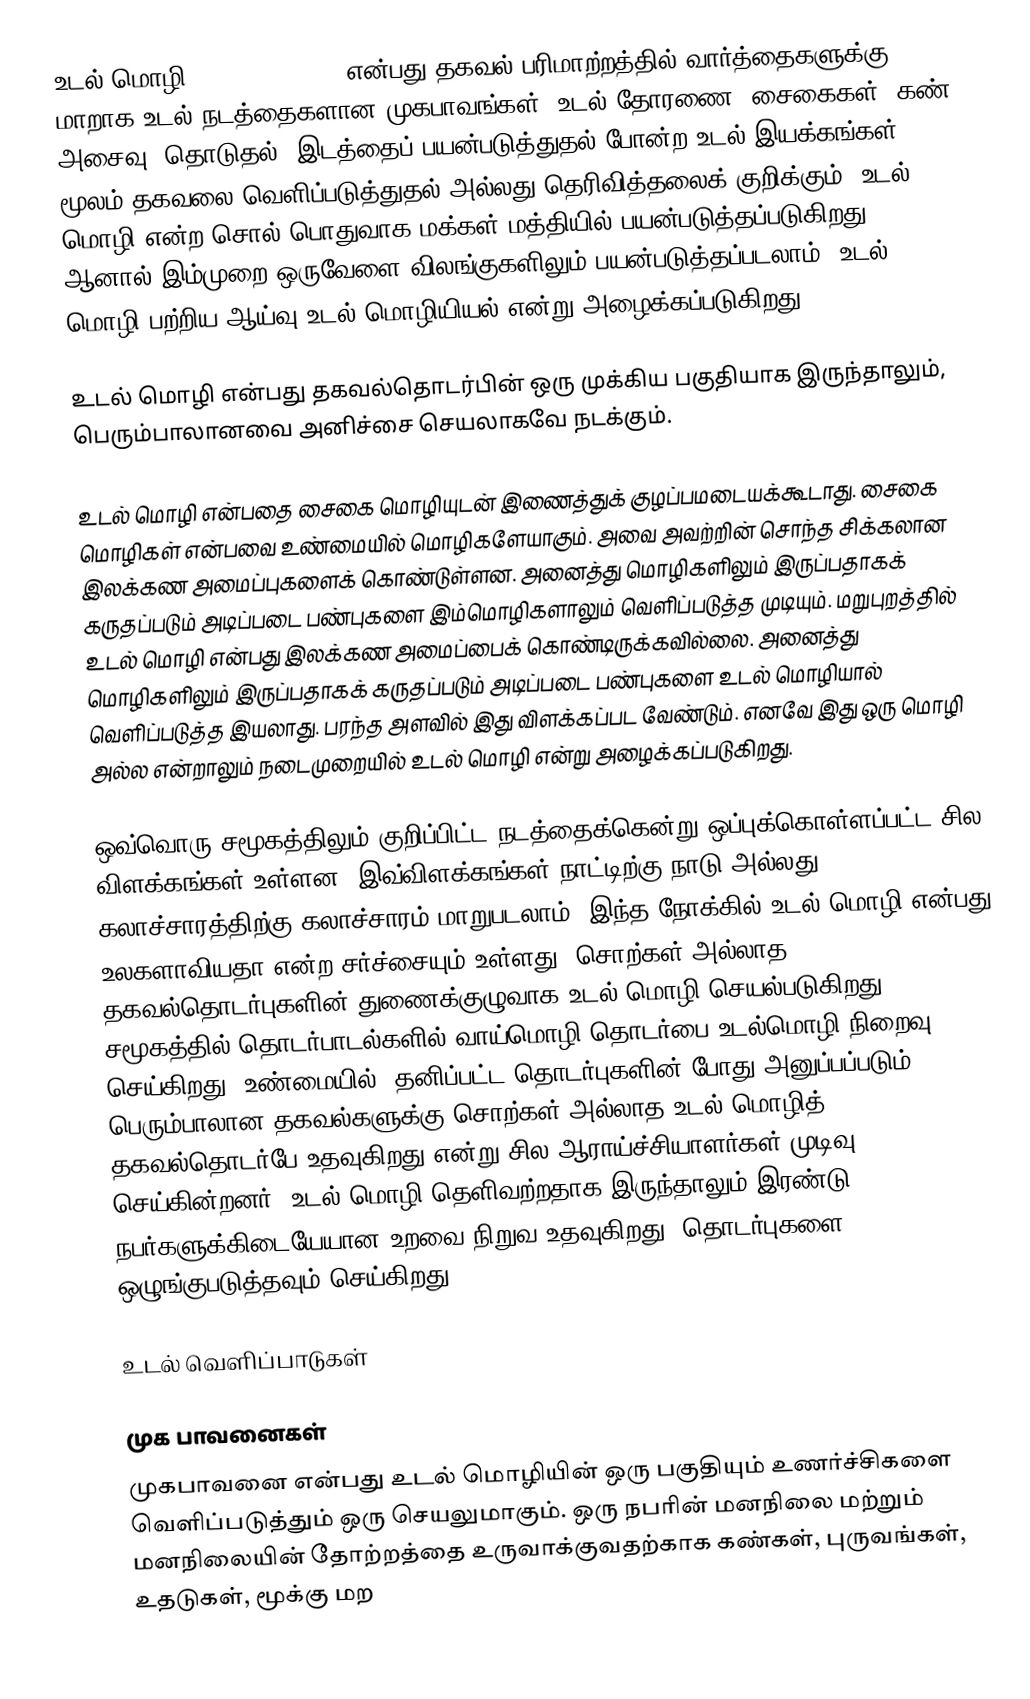
உடல் மொழி (Body language) என்பது தகவல் பரிமாற்றத்தில் வார்த்தைகளுக்கு மாறாக உடல் நடத்தைகளான முகபாவங்கள், உடல் தோரணை, சைகைகள், கண் அசைவு, தொடுதல், இடத்தைப் பயன்படுத்துதல் போன்ற உடல் இயக்கங்கள் மூலம் தகவலை வெளிப்படுத்துதல் அல்லது தெரிவித்தலைக் குறிக்கும். உடல் மொழி என்ற சொல் பொதுவாக மக்கள் மத்தியில் பயன்படுத்தப்படுகிறது. ஆனால் இம்முறை ஒருவேளை விலங்குகளிலும் பயன்படுத்தப்படலாம். உடல் மொழி பற்றிய ஆய்வு உடல் மொழியியல் என்று அழைக்கப்படுகிறது.

உடல் மொழி என்பது தகவல்தொடர்பின் ஒரு முக்கிய பகுதியாக இருந்தாலும், பெரும்பாலானவை அனிச்சை செயலாகவே நடக்கும்.

உடல் மொழி என்பதை சைகை மொழியுடன் இணைத்துக் குழப்பமடையக்கூடாது. சைகை மொழிகள் என்பவை உண்மையில் மொழிகளேயாகும். அவை அவற்றின் சொந்த சிக்கலான இலக்கண அமைப்புகளைக் கொண்டுள்ளன. அனைத்து மொழிகளிலும் இருப்பதாகக் கருதப்படும் அடிப்படை பண்புகளை இம்மொழிகளாலும் வெளிப்படுத்த முடியும். மறுபுறத்தில் உடல் மொழி என்பது இலக்கண அமைப்பைக் கொண்டிருக்கவில்லை. அனைத்து மொழிகளிலும் இருப்பதாகக் கருதப்படும் அடிப்படை பண்புகளை உடல் மொழியால் வெளிப்படுத்த இயலாது. பரந்த அளவில் இது விளக்கப்பட வேண்டும். எனவே இது ஒரு மொழி அல்ல என்றாலும் நடைமுறையில் உடல் மொழி என்று அழைக்கப்படுகிறது.

ஒவ்வொரு சமூகத்திலும் குறிப்பிட்ட நடத்தைக்கென்று ஒப்புக்கொள்ளப்பட்ட சில விளக்கங்கள் உள்ளன. இவ்விளக்கங்கள் நாட்டிற்கு நாடு அல்லது கலாச்சாரத்திற்கு கலாச்சாரம் மாறுபடலாம். இந்த நோக்கில் உடல் மொழி என்பது உலகளாவியதா என்ற சர்ச்சையும் உள்ளது. சொற்கள் அல்லாத தகவல்தொடர்புகளின் துணைக்குழுவாக உடல் மொழி செயல்படுகிறது. சமூகத்தில் தொடர்பாடல்களில் வாய்மொழி தொடர்பை உடல்மொழி நிறைவு செய்கிறது. உண்மையில், தனிப்பட்ட தொடர்புகளின் போது அனுப்பப்படும் பெரும்பாலான தகவல்களுக்கு சொற்கள் அல்லாத உடல் மொழித் தகவல்தொடர்பே உதவுகிறது என்று சில ஆராய்ச்சியாளர்கள் முடிவு செய்கின்றனர். உடல் மொழி தெளிவற்றதாக இருந்தாலும்  இரண்டு நபர்களுக்கிடையேயான உறவை நிறுவ உதவுகிறது, தொடர்புகளை ஒழுங்குபடுத்தவும் செய்கிறது.

உடல் வெளிப்பாடுகள்

முக பாவனைகள்
முகபாவனை என்பது உடல் மொழியின் ஒரு பகுதியும் உணர்ச்சிகளை வெளிப்படுத்தும் ஒரு செயலுமாகும். ஒரு நபரின் மனநிலை மற்றும் மனநிலையின் தோற்றத்தை உருவாக்குவதற்காக கண்கள், புருவங்கள், உதடுகள், மூக்கு மற